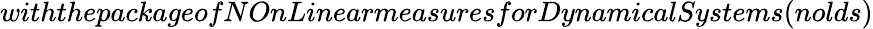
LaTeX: withthepackageofNOnLinearmeasuresforDynamicalSystems(nolds)